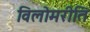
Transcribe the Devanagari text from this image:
विलोमरीति